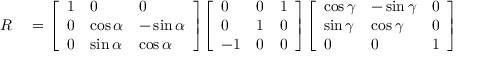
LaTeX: \begin{array} { r l } { R } & { { } = { \left[ \begin{array} { l l l } { 1 } & { 0 } & { 0 } \\ { 0 } & { \cos \alpha } & { - \sin \alpha } \\ { 0 } & { \sin \alpha } & { \cos \alpha } \end{array} \right] } { \left[ \begin{array} { l l l } { 0 } & { 0 } & { 1 } \\ { 0 } & { 1 } & { 0 } \\ { - 1 } & { 0 } & { 0 } \end{array} \right] } { \left[ \begin{array} { l l l } { \cos \gamma } & { - \sin \gamma } & { 0 } \\ { \sin \gamma } & { \cos \gamma } & { 0 } \\ { 0 } & { 0 } & { 1 } \end{array} \right] } } \end{array}